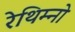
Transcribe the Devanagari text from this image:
रेथिम्नो